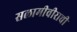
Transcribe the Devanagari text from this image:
सलामीवीराची